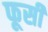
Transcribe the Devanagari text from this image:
फूसी